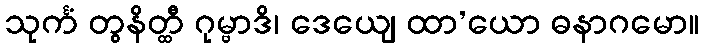
သုင်္ကံ တွနိတ္ထီ ဂုမ္ဗာဒိ၊ ဒေယျေ ထာ’ယော ဓနာဂမော။